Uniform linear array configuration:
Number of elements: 16
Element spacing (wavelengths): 1
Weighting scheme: blackman
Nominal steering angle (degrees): -45
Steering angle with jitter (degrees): -46.677
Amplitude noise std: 0.05
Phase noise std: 0.05

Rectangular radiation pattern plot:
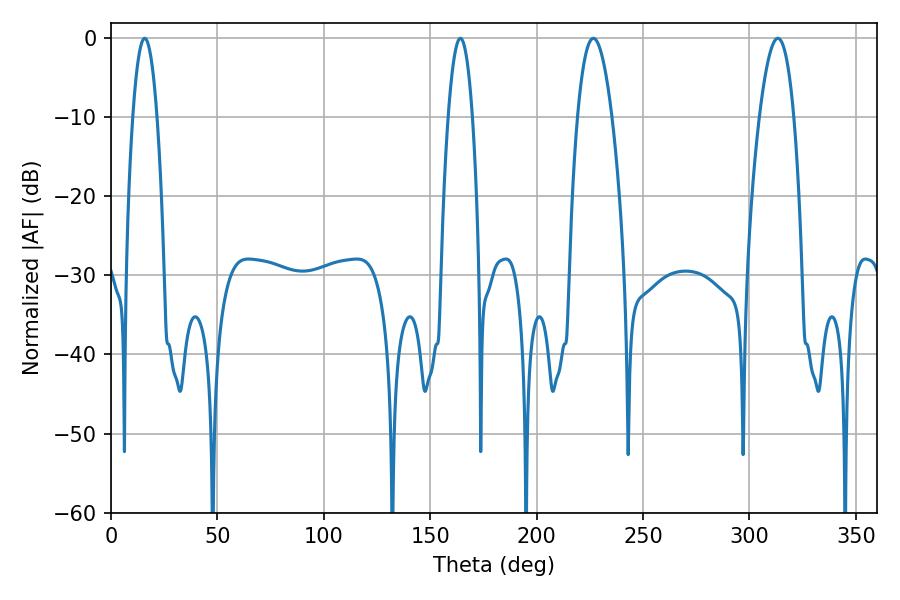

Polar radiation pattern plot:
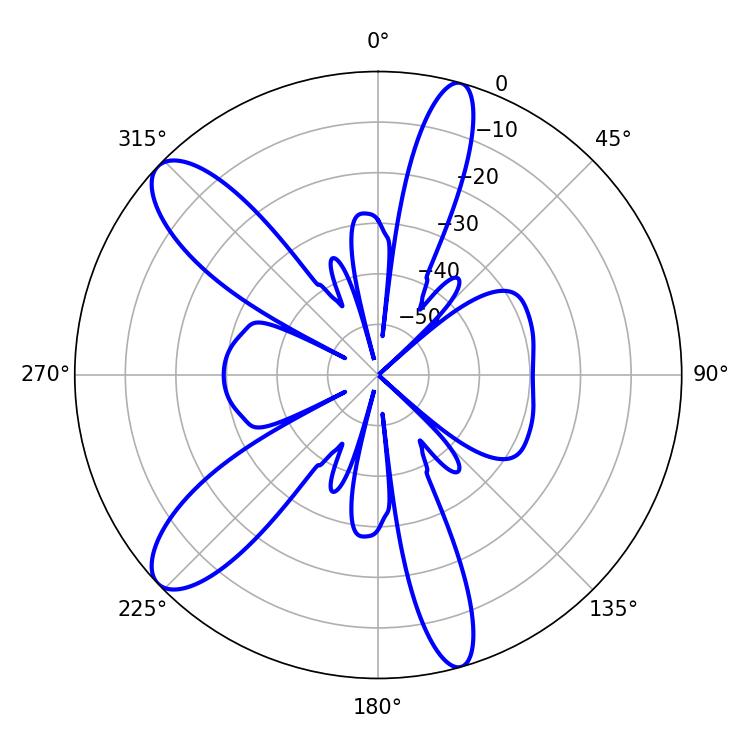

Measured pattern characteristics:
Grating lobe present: TRUE
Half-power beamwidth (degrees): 6.3
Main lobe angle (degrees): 164.16